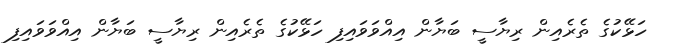
ހަޅޭކުގެ ތެރެއިން ރިޔާސީ ބަޔާން އިއްވަވައިފި ހަޅޭކުގެ ތެރެއިން ރިޔާސީ ބަޔާން އިއްވަވައިފި